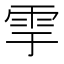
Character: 𩁹